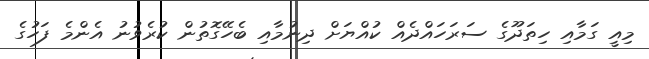
މިއީ ގަމާއި ހިތަދޫގެ ސަރަހައްދެއް ކުއްޔަށް ދިނުމާއި ބެހޭގޮތުން ކުރެވުނު އެންމެ ފަހުގެ